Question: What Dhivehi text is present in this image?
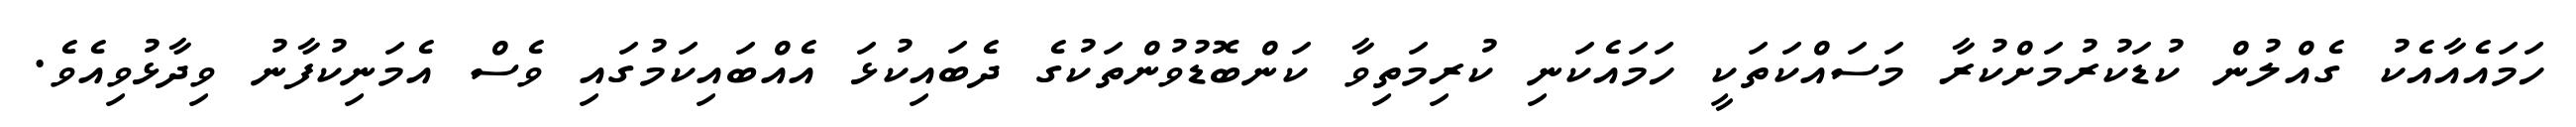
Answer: ހަމައެއާއެކު ގެއްލުން ކުޑަކުރުމަށްކުރާ މަސައްކަތަކީ ހަމައެކަނި ކުރިމަތިވާ ކަންބޮޑުވުންތަކުގެ ދެބައިކުޅަ އެއްބައިކަމުގައި ވެސް އެމަނިކުފާނު ވިދާޅުވިއެވެ.